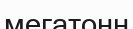
мегатонн